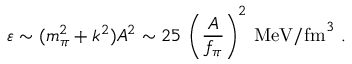
\varepsilon \sim ( m _ { \pi } ^ { 2 } + k ^ { 2 } ) A ^ { 2 } \sim 2 5 \ \Biggl ( \frac { A } { f _ { \pi } } \Biggr ) ^ { 2 } ~ \mathrm { M e V } / \mathrm { f m } ^ { 3 } \ .